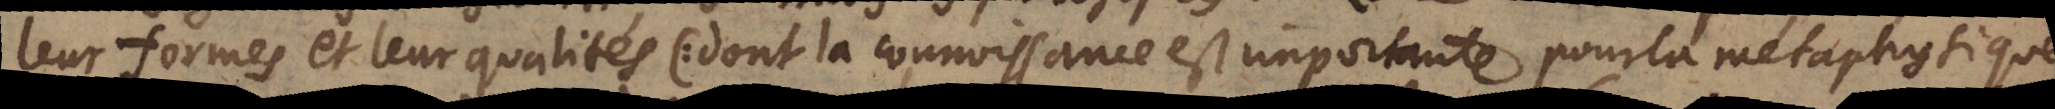
leur formes et leur qualités (:dont la connoissance est importante pour la métaphysique,